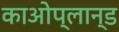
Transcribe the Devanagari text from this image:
काओप्लान्ड